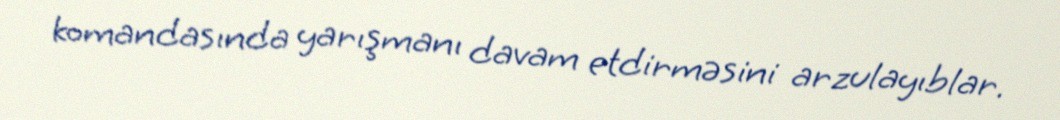
komandasında yarışmanı davam etdirməsini arzulayıblar.